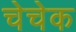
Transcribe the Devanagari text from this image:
चेचेक